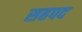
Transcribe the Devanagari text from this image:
सहपद